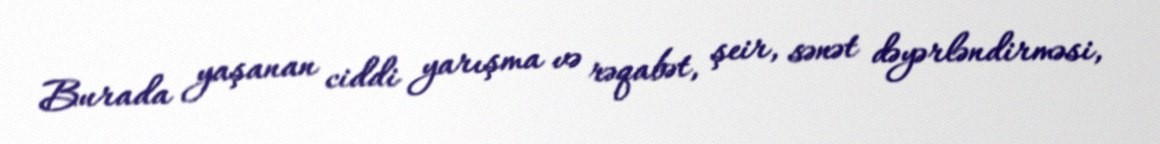
Burada yaşanan ciddi yarışma və rəqabət, şeir, sənət dəyərləndirməsi,